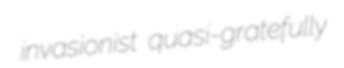
invasionist quasi-gratefully